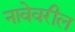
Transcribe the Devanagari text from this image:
नावेवरील